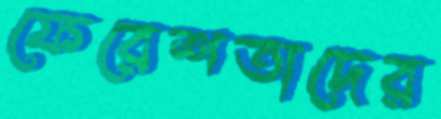
ফেরেশতাদের